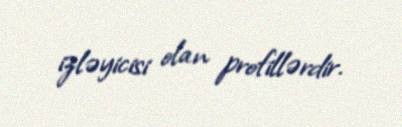
izləyicisi olan profillərdir.